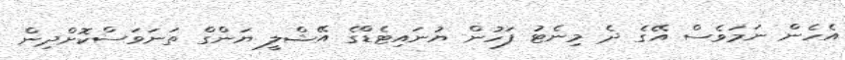
އެހެން ނަމަވެސް އޭގެ ދެ މިނެޓު ފަހުން ޔުނައިޓެޑްގެ އޭޝްލީ ޔަންގް ތަނަވަސްކޮށްދިން